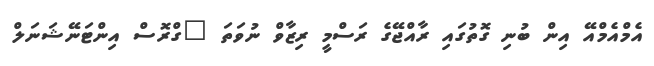
އެމްއެމްއޭ އިން ބުނި ގޮތުގައި ރާއްޖޭގެ ރަސްމީ ރިޒާވް ނުވަތަ "ގްރޮސް އިންޓަނޭޝަނަލް